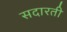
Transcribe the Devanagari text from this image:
सदारती